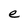
Character: e